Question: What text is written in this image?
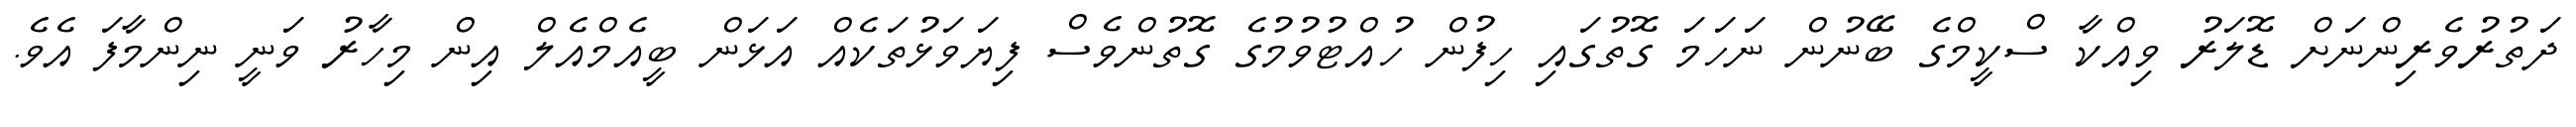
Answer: ދަތުރުވެރިންނަށް ޑޮލަރު ވިއްކާ ސްކީމްގެ ބޭނުން ނަހަމަ ގޮތުގައި ހިފުން ހުއްޓުވުމުގެ ގޮތުންވެސް ފިޔަވަޅުތަކެއް އަޅަން ބީއެމްއެލް އިން މިހާރު ވަނީ ނިންމާފަ އެވެ.